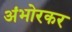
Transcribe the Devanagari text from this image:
अंभोरकर